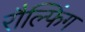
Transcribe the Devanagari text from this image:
रौल्फिंग